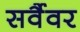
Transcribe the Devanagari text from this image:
सर्वैवर